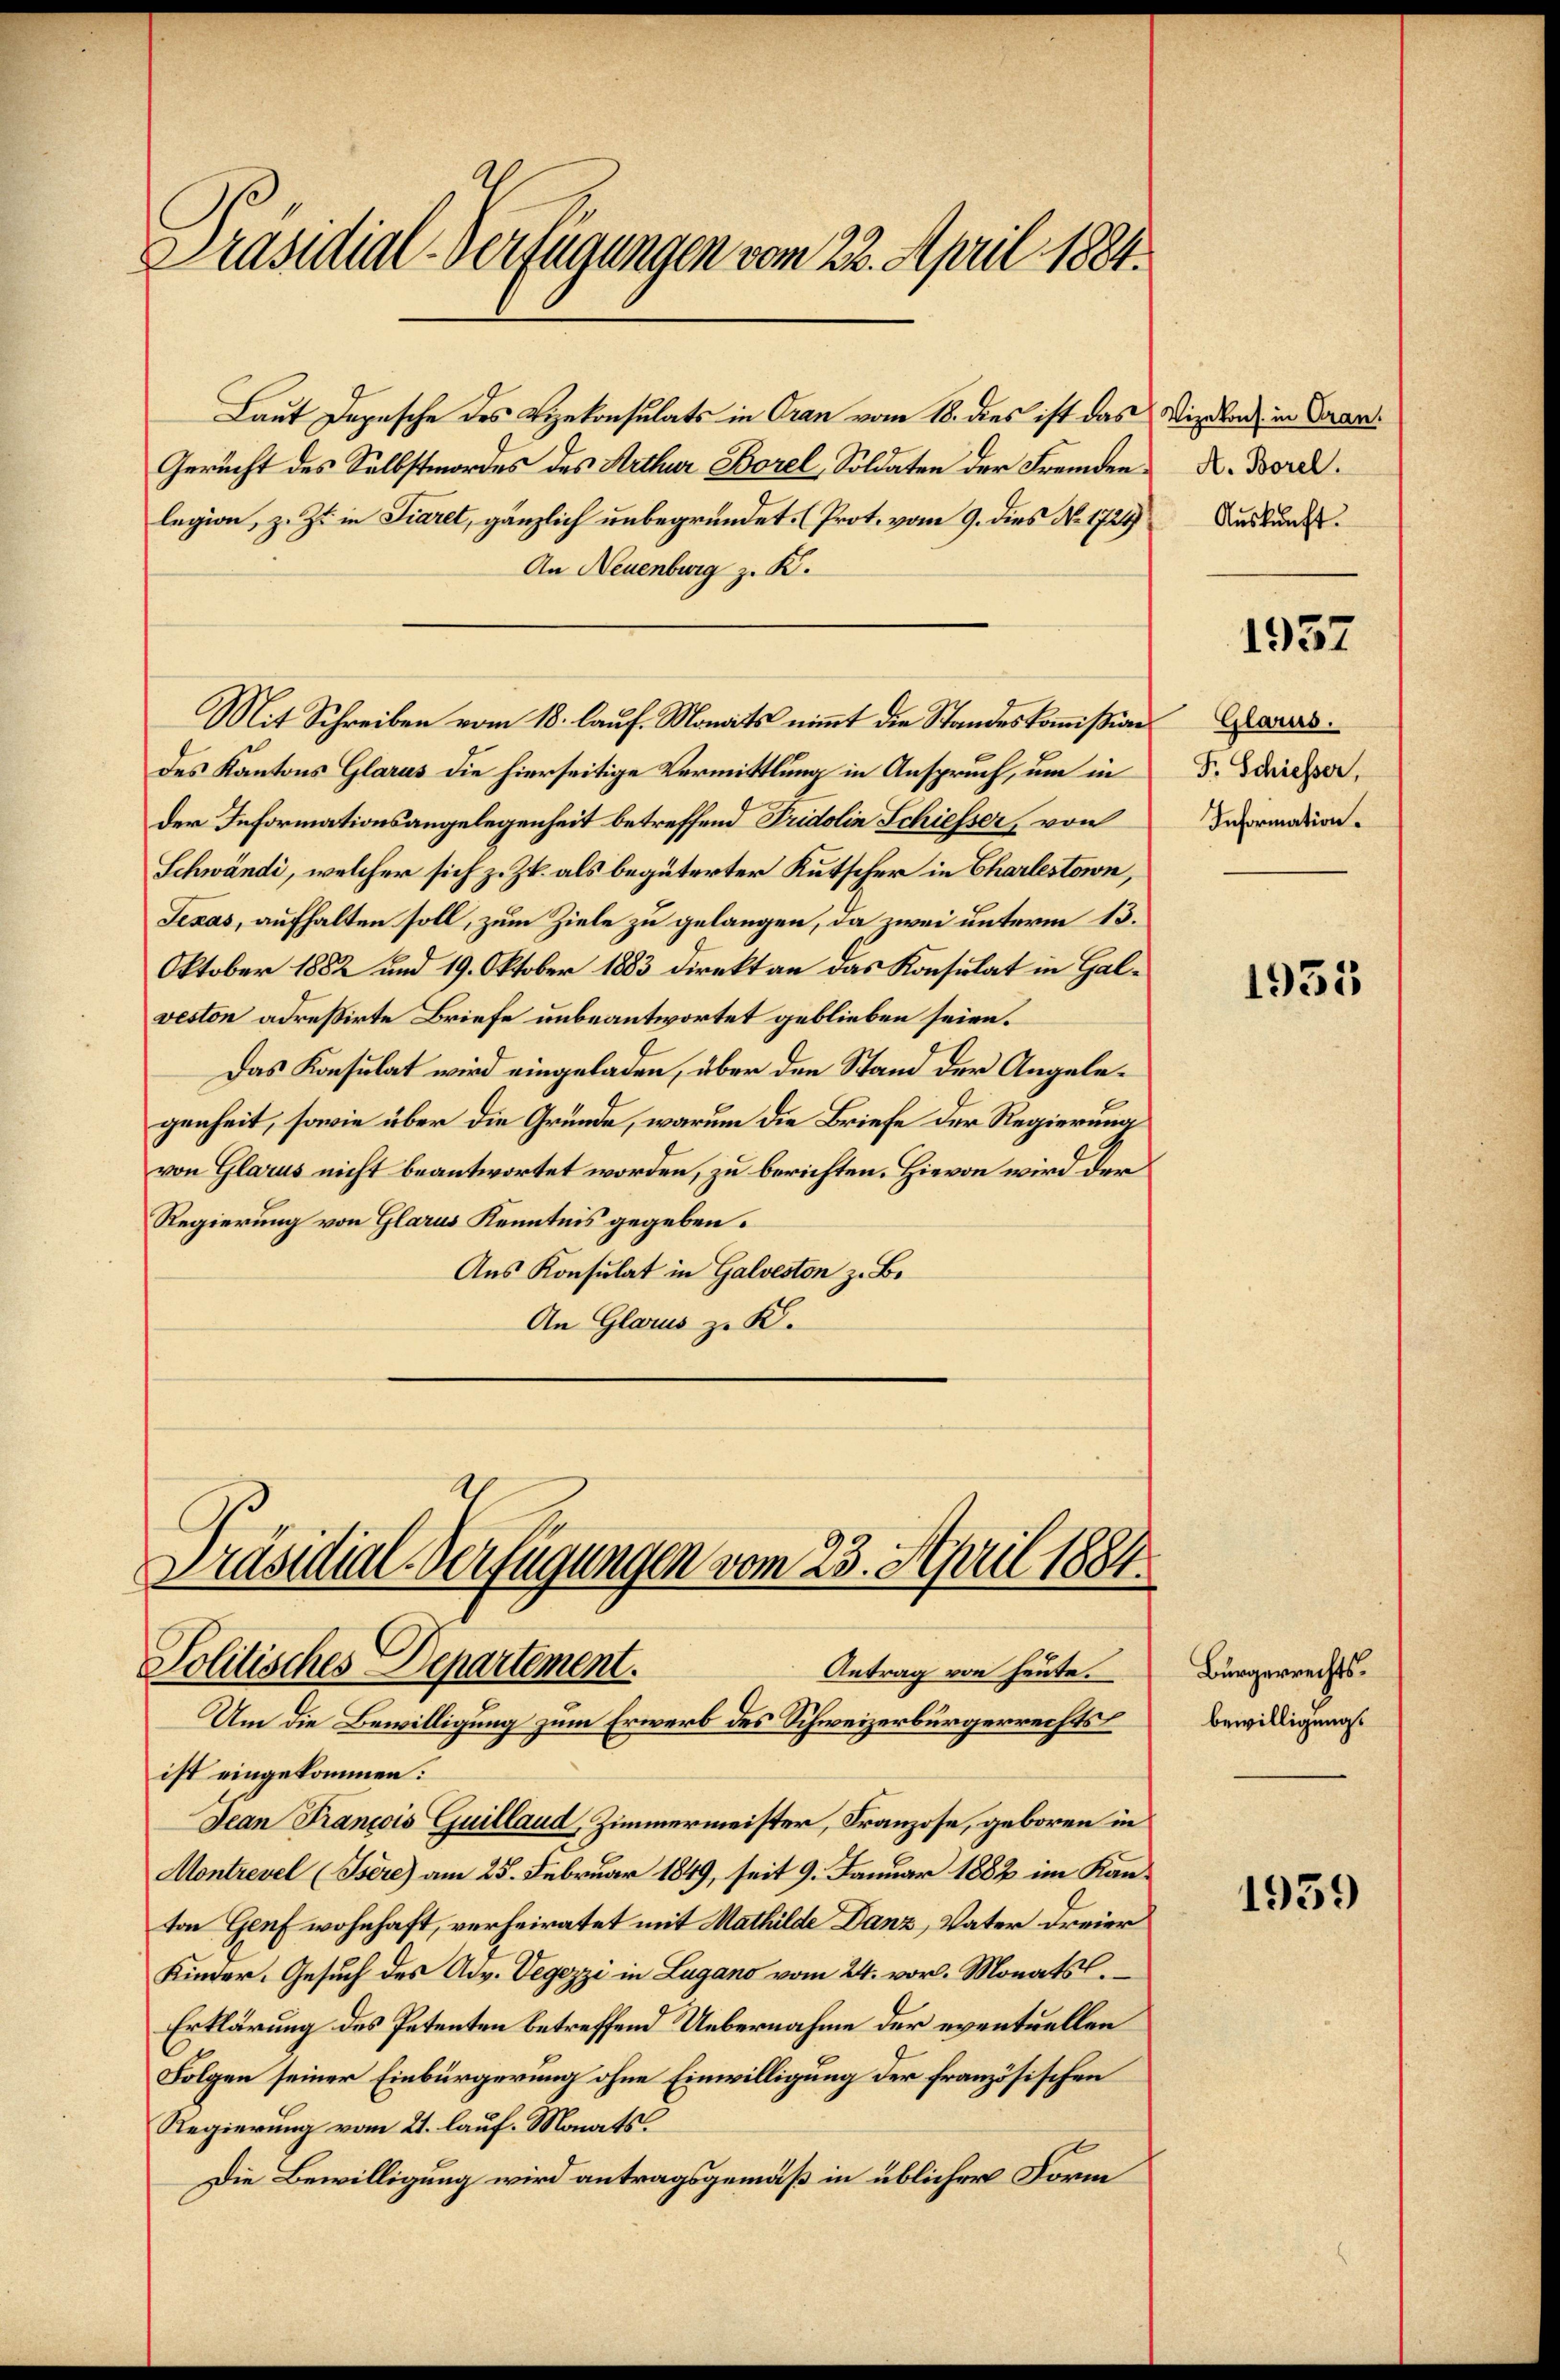
Präsidial-Verfügungen vom 22. April 1884.

Laut Depesche des Vizekonsulats in Gran vom 18. dies ist das Vigiland in Fran¬
Gericht des Selbstmordes des Arthur Borel, Soldaten der Fremden K. Borel.
legion, z. Zt. in Fiaret, gänzlich unbegründet. (Prot. vom 9. dies N. 1729. Auskundes¬
An Neuenburg z. K.
Mit Schreiben vom 18. lauf. Monats nimmt die Standeskommißion Glarus.
des Kantons Glarus die hierseitige Vermittlung in Anspruch, um in
der Informationsangelegenheit betreffend Fridolin Schiesser, von
Schwändi, welcher sich z. Zt. als begüterter Kutscher in Charlestown,
Texas, aufhalten soll, zum Ziele zu gelangen, da zwei unterm 13.
Oktober 1882 und 19. Oktober 1883 direkt an das Konsulat in Halveston adreßirte Briefe unbeantwortet geblieben seien.
Das Konsulat wird eingeladen, über den Stand der Angelegenheit, sowie über die Gründe, warum die Briefe der Regierung
von Glarus nicht beantwortet worden, zu berichten. Hievon wird der
Regierung von Glarus Kenntnis gegeben.
Aus Konsulat in Galveston z. B.
An Glarus zu K.

ist eingekommen:
Dean Francois Guillaud, Zimmermeister, Franzose, geboren in
Montrevel (Isére) am 25. Februar 1849, seit 9. Januar 1882 im Kanton Genf wohnhaft, verheiratet mit Mathilde Danz, Vater dreier
Kinder. Gesuch des Adv. Vegezzi in Lugano vom 24. vor. Monats
Erklärung des Petenten betreffend Uebernahme der eventuellen
Folgen seiner Einbürgerung ohne Einwilligung der französischen
Regierung vom 21. lauf. Monats
1
Die Bewilligung wird antragsgemäß in üblicher Form

Präsidial-Verfügungen vom 23. April 1884.
Politisches Departement.
Antrag von heute.
Um die Bewilligung zum Erwarb des Schweizerbürgerrechts

F. Schiesser,
Information.

1937

1931

Bürgerrechtsbewilligung.

1939